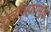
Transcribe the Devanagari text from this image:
दुर्व्यवहारामुळे